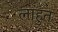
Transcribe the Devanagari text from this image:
लाहुत